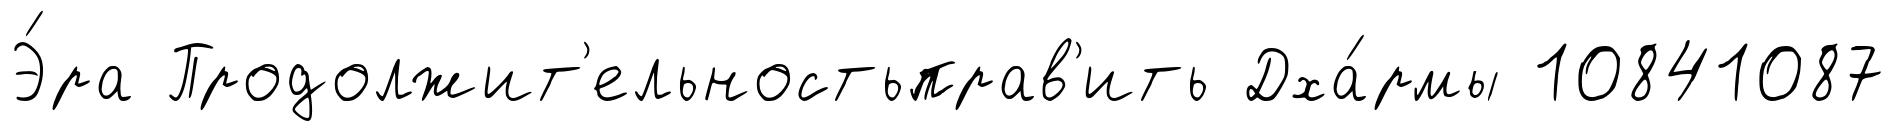
Э́ра Продолжит'ельностьправ'ить Дха́рмы 10841087